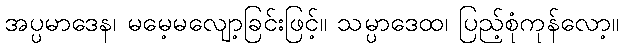
အပ္ပမာဒေန၊ မမေ့မလျော့ခြင်းဖြင့်။ သမ္ပာဒေထ၊ ပြည့်စုံကုန်လော့။